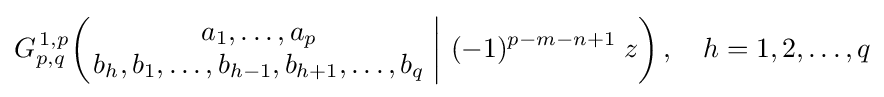
G_{p,q}^{\,1,p}\!\left(\left.{\begin{matrix}a_{1},\dots ,a_{p}\\b_{h},b_{1},\dots ,b_{h-1},b_{h+1},\dots ,b_{q}\end{matrix}}\;\right|\,(-1)^{p-m-n+1}\;z\right),\quad h=1,2,\dots ,q